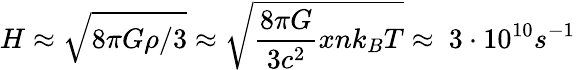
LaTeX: H\approx{\sqrt{8\pi G\rho/3}}\approx{\sqrt{{\frac{8\pi G}{3c^{2}}}xnk_{B}T}}\approx~3\cdot 10^{10}s^{-1}